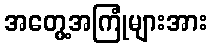
အတွေ့အကြုံများအား